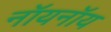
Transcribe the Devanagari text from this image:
नॉयनॉय